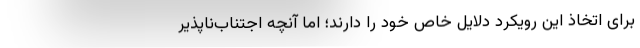
برای اتخاذ این رویکرد دلایل خاص خود را دارند؛ اما آنچه اجتناب‌ناپذیر